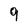
Character: 9